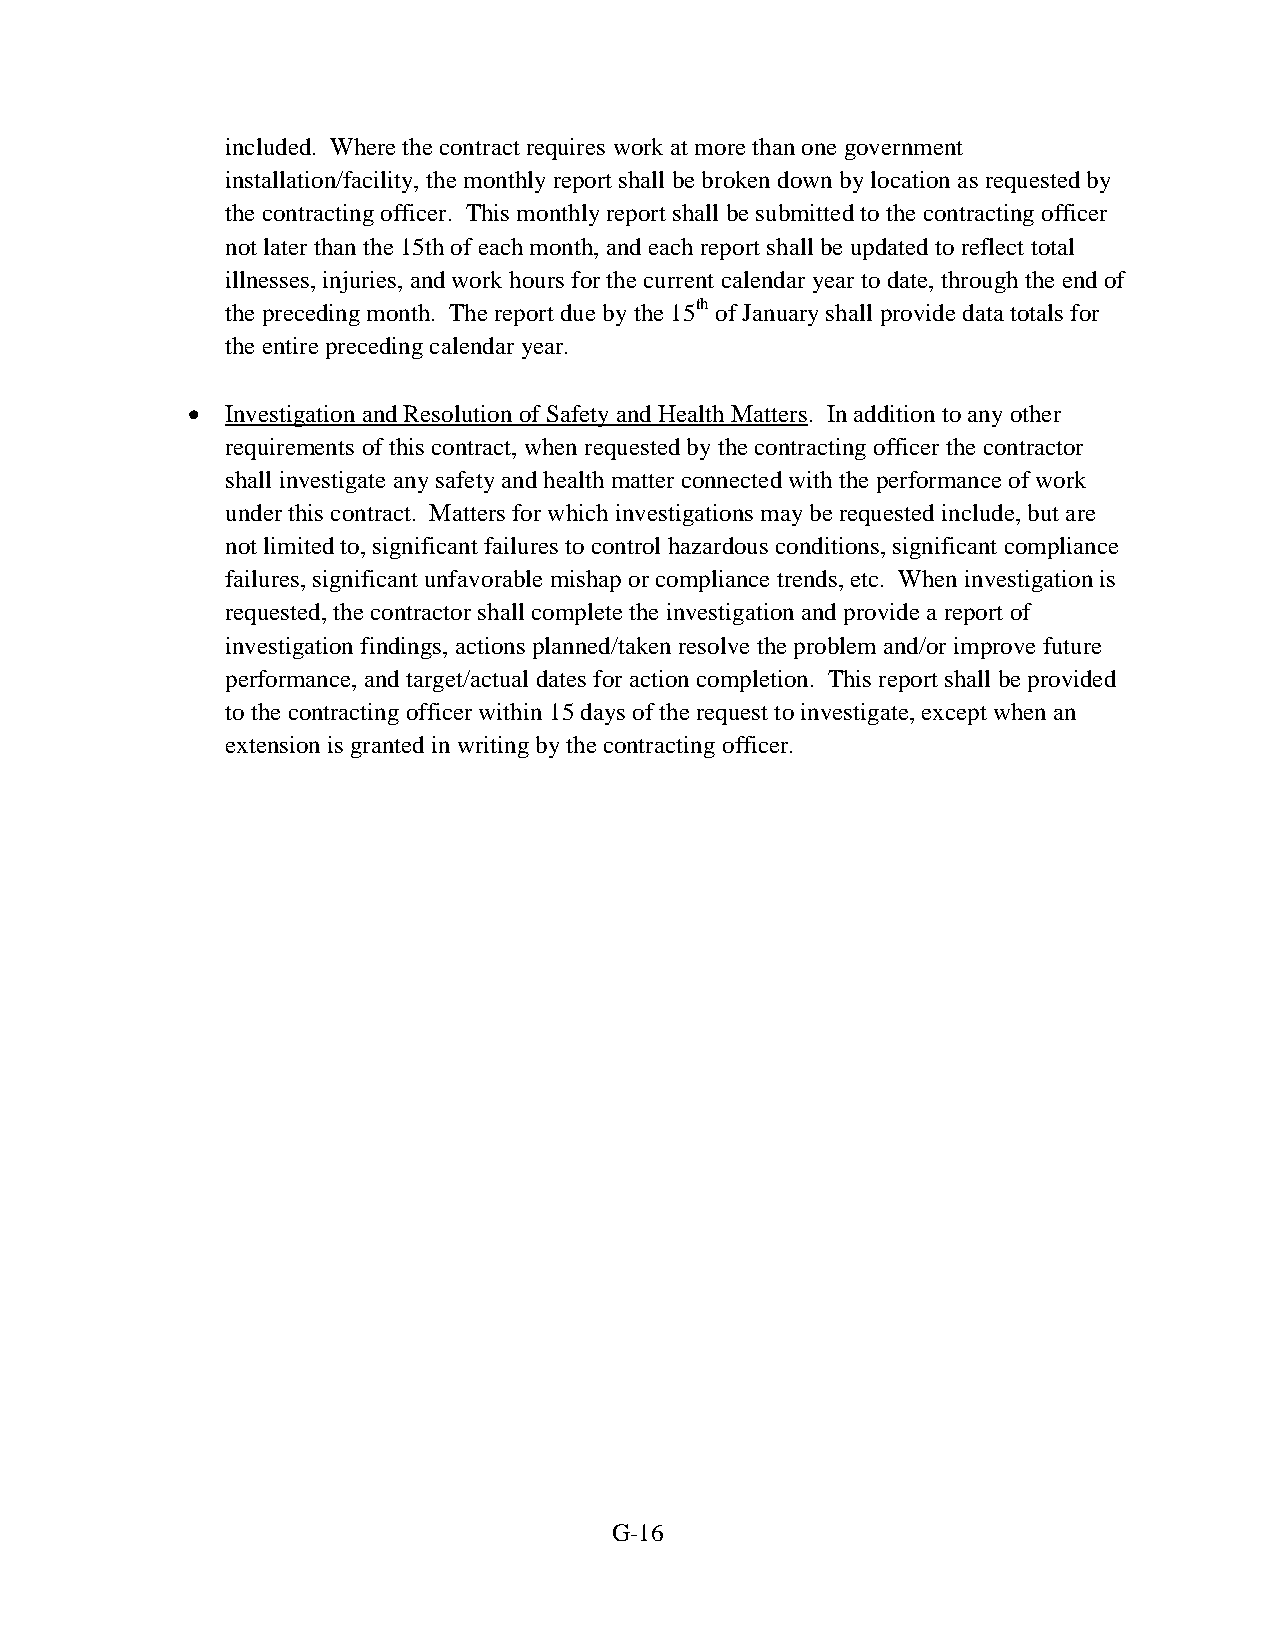
included. Where the contract requires work at more than one government
 installation/facility, the monthly report shall be broken down by location as requested by
 the contracting officer. This monthly report shall be submitted to the contracting officer
 not later than the 15th of each month, and each report shall be updated to reflect total
 illnesses, injuries, and work hours for the current calendar year to date, through the end of
 the preceding month. The report due by the 15th of January shall provide data totals for
 the entire preceding calendar year.
   Investigation and Resolution of Safety and Health Matters. In addition to any other
 requirements of this contract, when requested by the contracting officer the contractor
 shall investigate any safety and health matter connected with the performance of work
 under this contract. Matters for which investigations may be requested include, but are
 not limited to, significant failures to control hazardous conditions, significant compliance
 failures, significant unfavorable mishap or compliance trends, etc. When investigation is
 requested, the contractor shall complete the investigation and provide a report of
 investigation findings, actions planned/taken resolve the problem and/or improve future
 performance, and target/actual dates for action completion. This report shall be provided
 to the contracting officer within 15 days of the request to investigate, except when an
 extension is granted in writing by the contracting officer.
 G-16